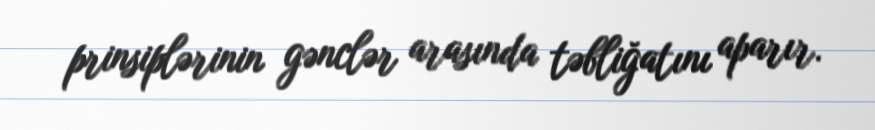
prinsiplərinin gənclər arasında təbliğatını aparır.